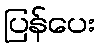
ပြန်ပေး